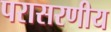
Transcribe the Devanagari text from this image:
परासरणीय